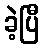
ခဲ့ပြီ